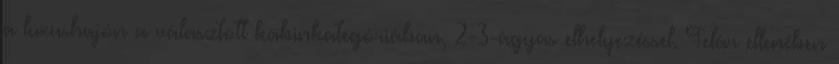
a luxushajón a választott kabinkategóriában, 2-3-ágyas elhelyezéssel. Felár ellenében